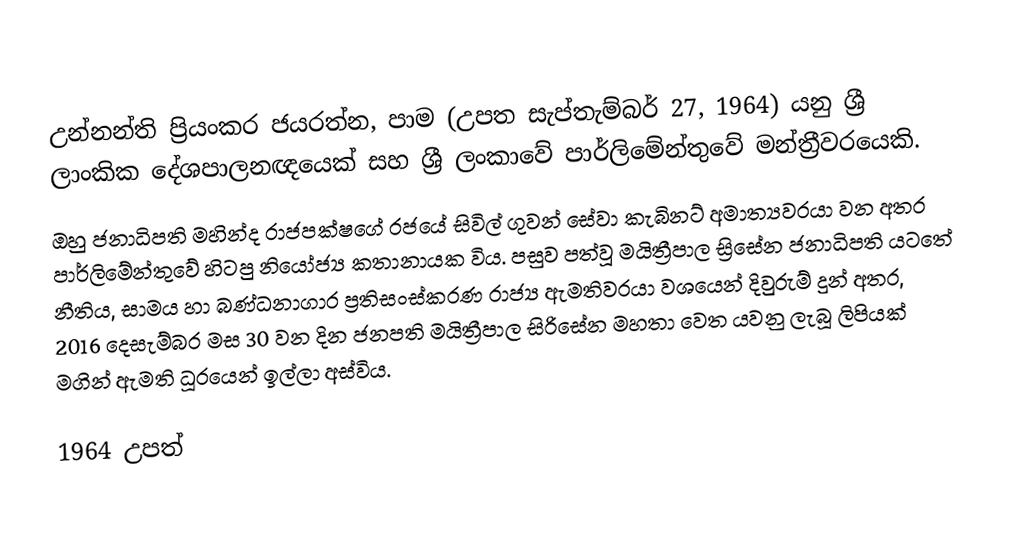
උන්නන්ති ප්‍රියංකර ජයරත්න, පාම (උපත සැප්තැම්බර් 27, 1964) යනු  ශ්‍රී ලාංකික දේශපාලනඥයෙක් සහ  ශ්‍රී ලංකාවේ පාර්ලිමේන්තුවේ මන්ත්‍රීවරයෙකි.
ඔහු ජනාධිපති මහින්ද රාජපක්ෂගේ රජයේ සිවිල් ගුවන් සේවා කැබිනට් අමාත්‍යවරයා වන අතර පාර්ලිමේන්තුවේ හිටපු නියෝජ්‍ය කතානායක විය. පසුව පත්වූ මයිත්‍රීපාල ස්‍රිසේන ජනාධිපති යටතේ නීතිය, සාමය හා බණ්ධනාගාර ප්‍රතිසංස්කරණ රාජ්‍ය ඇමතිවරයා වශයෙන් දිවුරුම් දුන් අතර, 2016 දෙසැම්බර මස 30 වන දින ජනපති මයිත්‍රීපාල සිරිසේන මහතා වෙත යවනු ලැබූ ලිපියක් මගින් ඇමති ධූරයෙන් ඉල්ලා අස්විය.

1964 උපත්